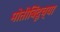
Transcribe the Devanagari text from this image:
मोतीबिंदूच्या